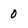
Character: 0